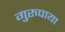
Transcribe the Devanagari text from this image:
गुरुपाया